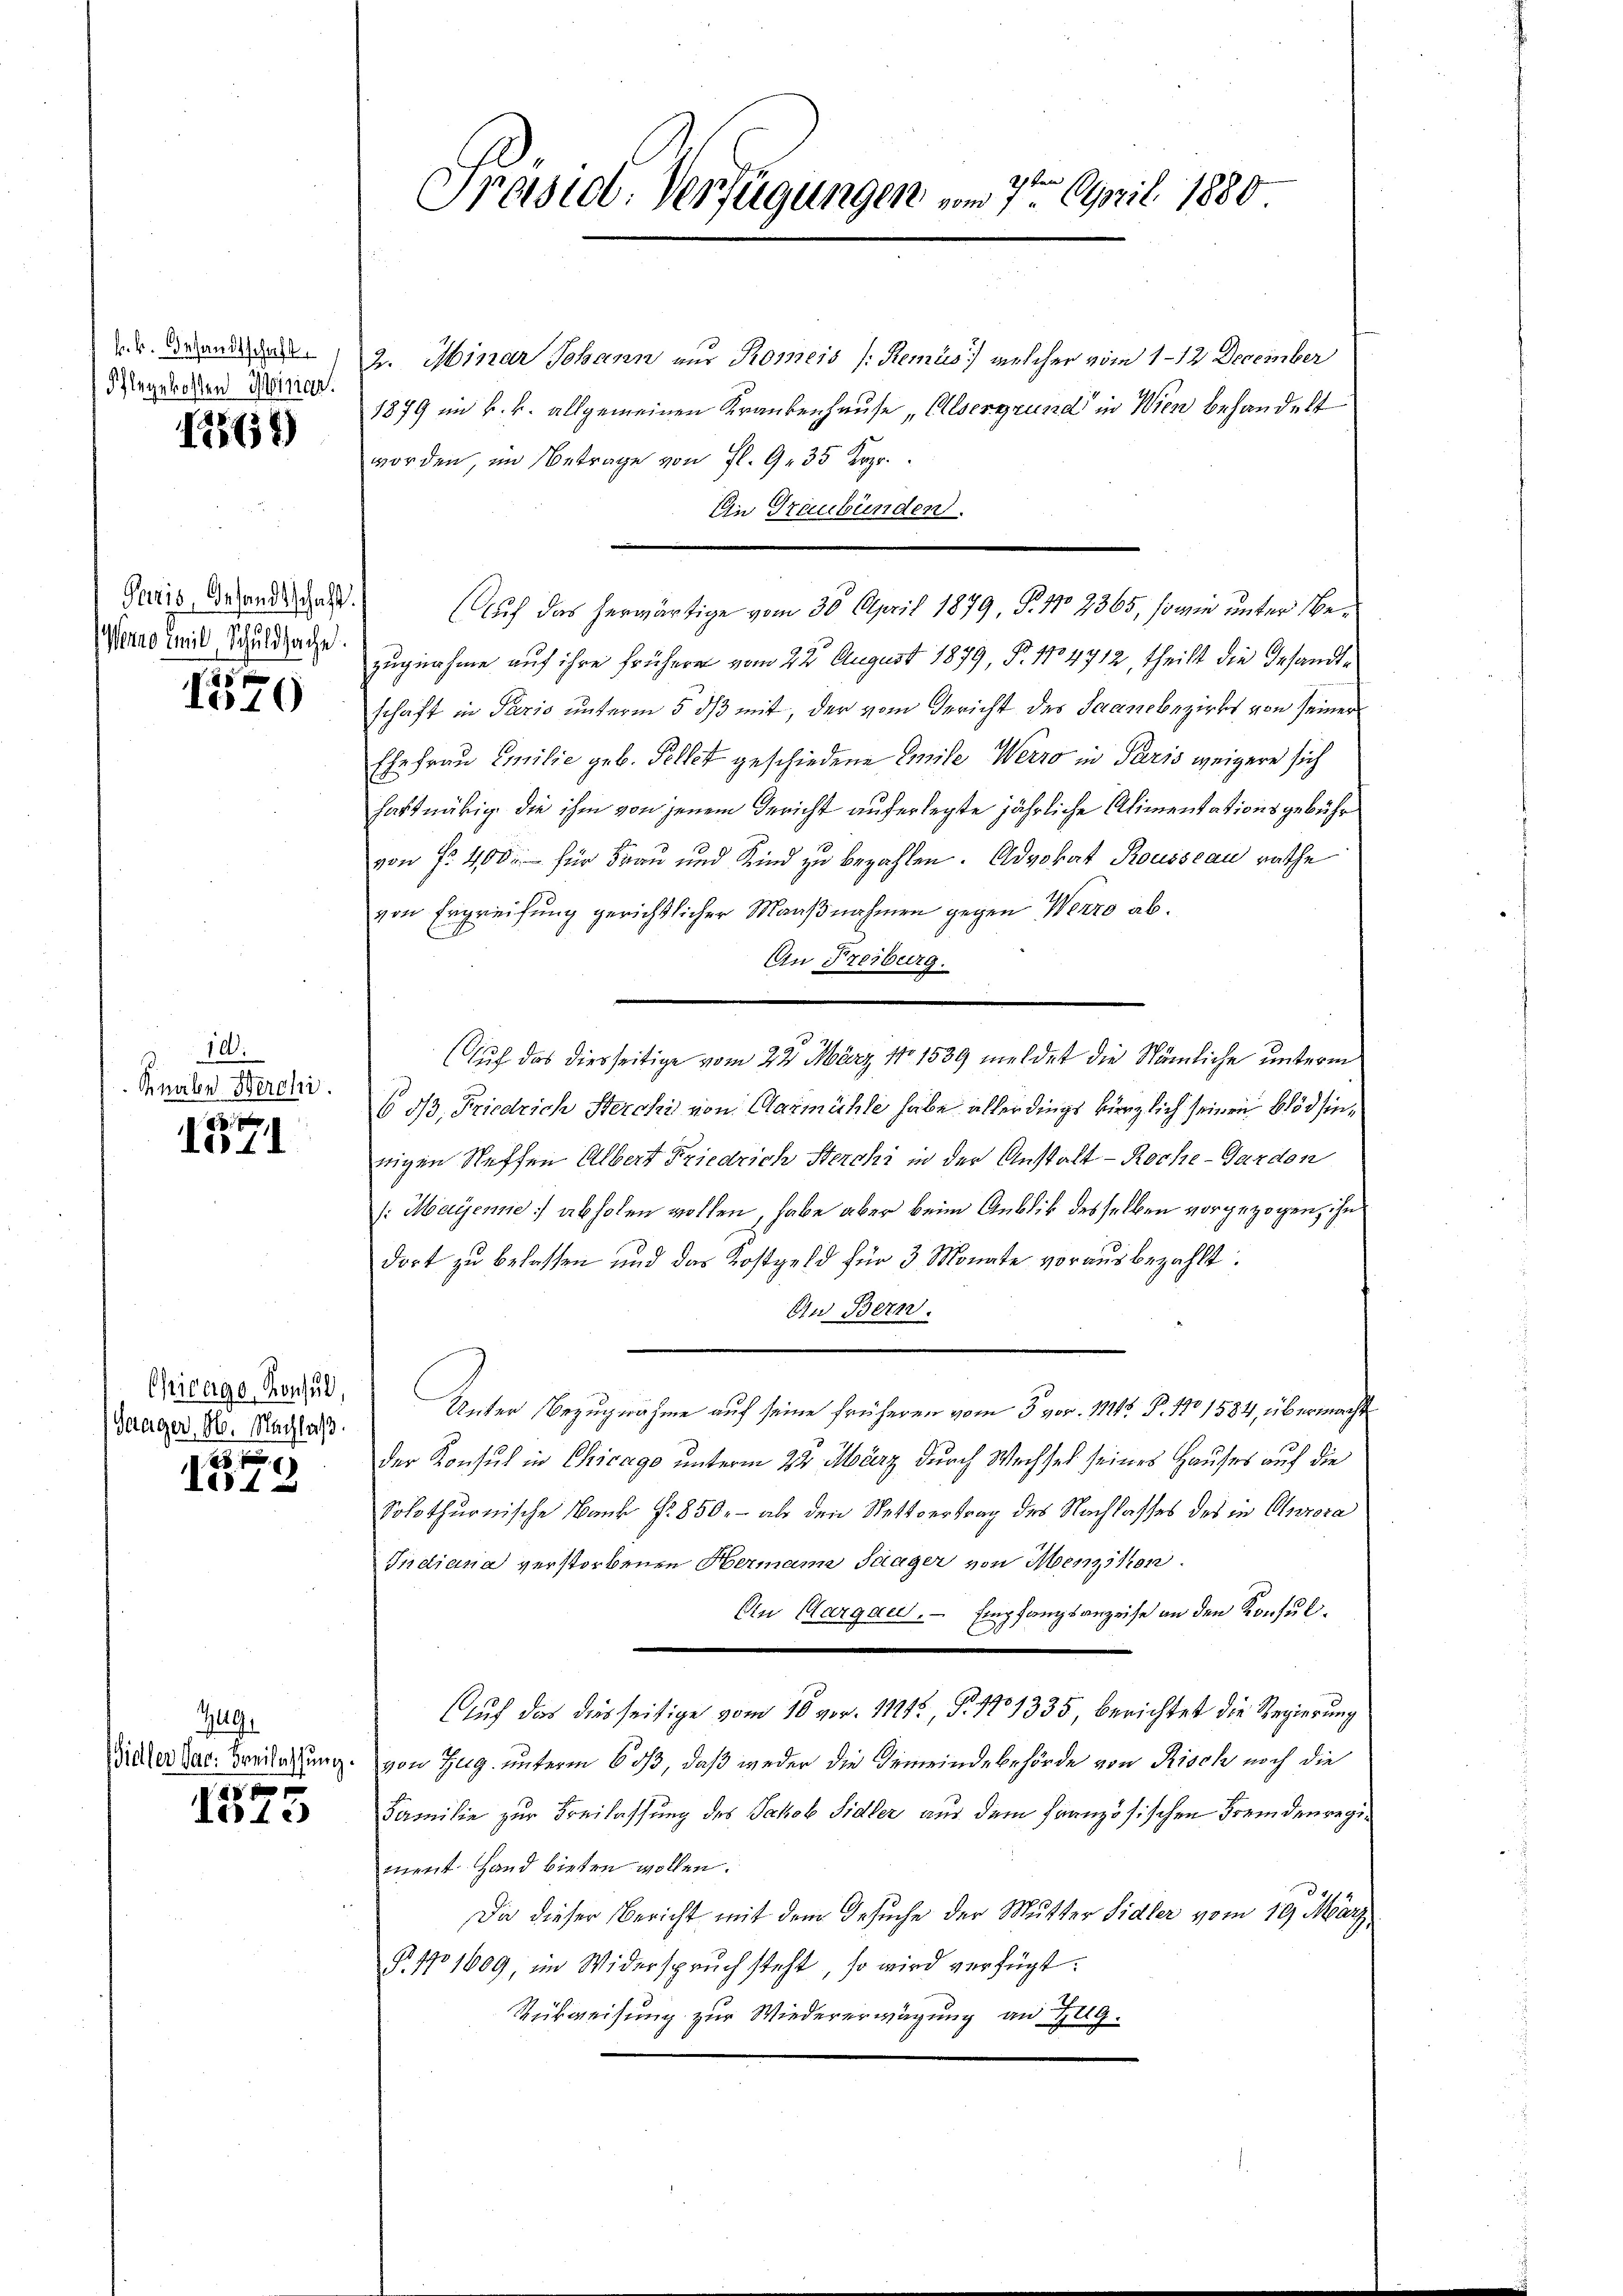
k.k. Gesandtschaft
Pflegekosten Winige.

564)

Paris, Gesandtschaft.
Werne Emil Schuldsache.

1570

10.
Knaben Werchi

x
Io 41

Chibergo, Konsul,
Gaager, M. Nachlaß.

xx
1

Zug.
Vieller dar. Beilassung.
i

Teic

Präsid. Verfügungen vom 7ten April 1880

2. Minar Johann nur Romeis /: Remus welcher vom 1–12 December
1879 im k. k. allgemeinen Krankenhause, Alsergrund in Wien behandelt
worden, im Betrage von fl. 9. 35 Krzr.
Ein Graubünden.
Auf das herwärtige vom 30. April 1879, P. No 2365, sowie unter Bezugnahme auf ihre frühern vom 22 August 1879, B. 1704712, theilt die Gesandtschaft in Paris unterm 5. ds mit, der vom Gericht des Saanebezirks von seiner
Ehefrau Emilie geb. Pellet geschiedene Emile Werro in Paris weigere sich
hartnähig die ihm von jenem Gericht auferlegte jährliche Alimentationsgebühr
von fr. 400 für Frau und Kind zu bezahlen. Advokat Rousseau rathe
von Ergreifung gerichtlicher Maaßnahmen gegen Werro ab¬
An Freiburg.
Auch das diesseitige vom 22. März No 1539 meldet die Nämliche unterm
6 dß, Friedrich Sterchi von Carmühle habe allerdings kürzlich seinen Blödsinrigen Neffen Albert Friedrich Sterchi in der Anstalt - Roche-Garden
/:Mayenne abholen wollen, habe aber beim Anblik desselben vorgezogen, ihn
dort zu belassen und das Kostgeld für 3 Monate vorausbezahlt:
An Bern.
Unter Bezugnahme auf seine früheren vom 3 vor. M. P. 170 1584, übermacht
der Konsul in Chicago unterm 24. März durch Wechsel seines Hauses auf die
Solothurnische Bank Fr. 850.- als den Nettvertrag des Nachlasses des in Anrora
Indiana verstorbenen Hermann Saager von Menzikon.
Ein Aargau. Empfangsanzeise an den Konsul¬
Auch das diesseitige vom 10 vor. 11242, P. 1701335, berichtet die Regierung
von Zug unterm 6 dß, daß weder die Gemeindebehörde von Risch noch die
Familie zur Freilassung des Jakob Sidler aus dem französischen Fremdenregiment. Hand bieten wollen.
Da dieser Bericht mit dem Gesuche der Mutter Sidler vom 19. März
§. 11609, im Widerspruch steht, so wird verfügt:
Rükweisung zur Wiedererwägung an Zug.